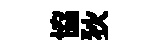
協狄